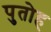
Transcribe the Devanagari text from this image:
पुतोह